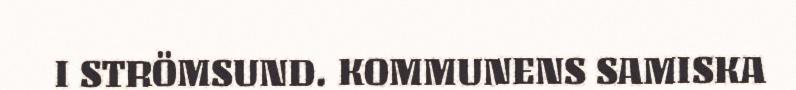
I STRÖMSUND. KOMMUNENS SAMISKA